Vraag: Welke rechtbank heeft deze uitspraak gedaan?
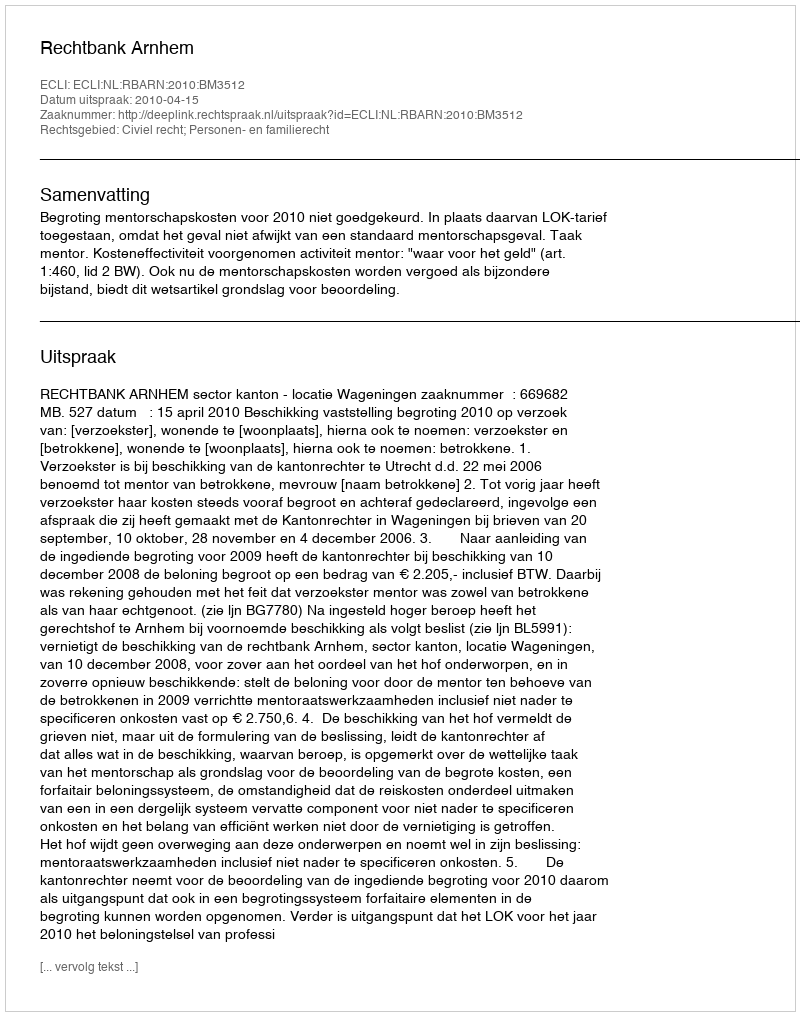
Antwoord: Rechtbank Arnhem